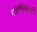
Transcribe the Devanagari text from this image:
गोणिकार्ति